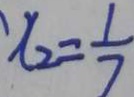
x _ { 2 } = \frac { 1 } { 7 }